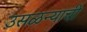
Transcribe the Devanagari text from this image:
उसळन्याची